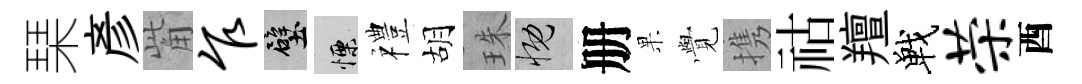
琹彦觜乍壁慄禮胡珠慨册果𮗜携祜羶戰荣酉